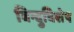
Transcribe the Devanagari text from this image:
बिन्दुविशेष